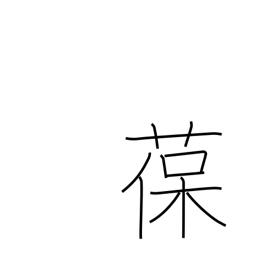
Meaning: adhere to